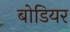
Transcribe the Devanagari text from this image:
बोडियर